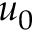
u _ { 0 }